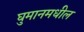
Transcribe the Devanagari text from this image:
घुमानमधील